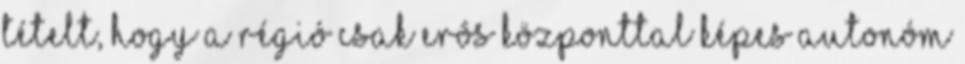
tételt, hogy a régió csak erôs központtal képes autonóm